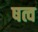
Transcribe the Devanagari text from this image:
षत्व